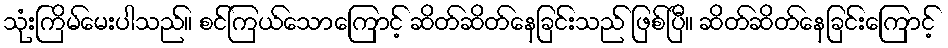
သုံးကြိမ်မေးပါသည်။ စင်ကြယ်သောကြောင့် ဆိတ်ဆိတ်နေခြင်းသည် ဖြစ်ပြီ။ ဆိတ်ဆိတ်နေခြင်းကြောင့်